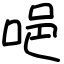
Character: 唈